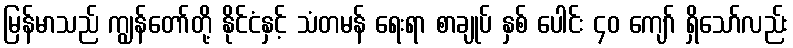
မြန်မာသည် ကျွန်တော်တို့ နိုင်ငံနှင့် သံတမန် ရေးရာ စာချုပ် နှစ် ပေါင်း ၄၀ ကျော် ရှိသော်လည်း